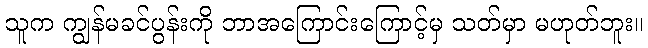
သူက ကျွန်မခင်ပွန်းကို ဘာအကြောင်းကြောင့်မှ သတ်မှာ မဟုတ်ဘူး။